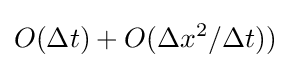
O(\Delta t)+O({\Delta x^{2}}/{\Delta t}))